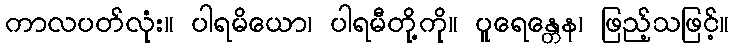
ကာလပတ်လုံး။ ပါရမိယော၊ ပါရမီတို့ကို။ ပူရေန္တေန၊ ဖြည့်သဖြင့်။